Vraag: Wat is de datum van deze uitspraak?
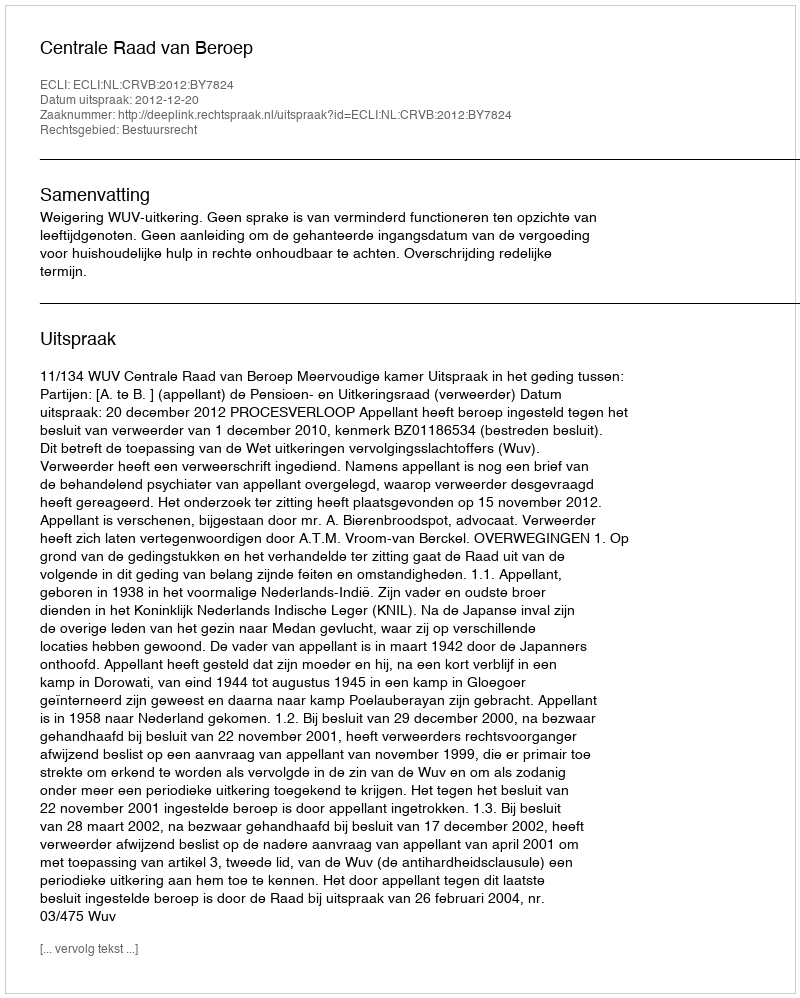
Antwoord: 2012-12-20